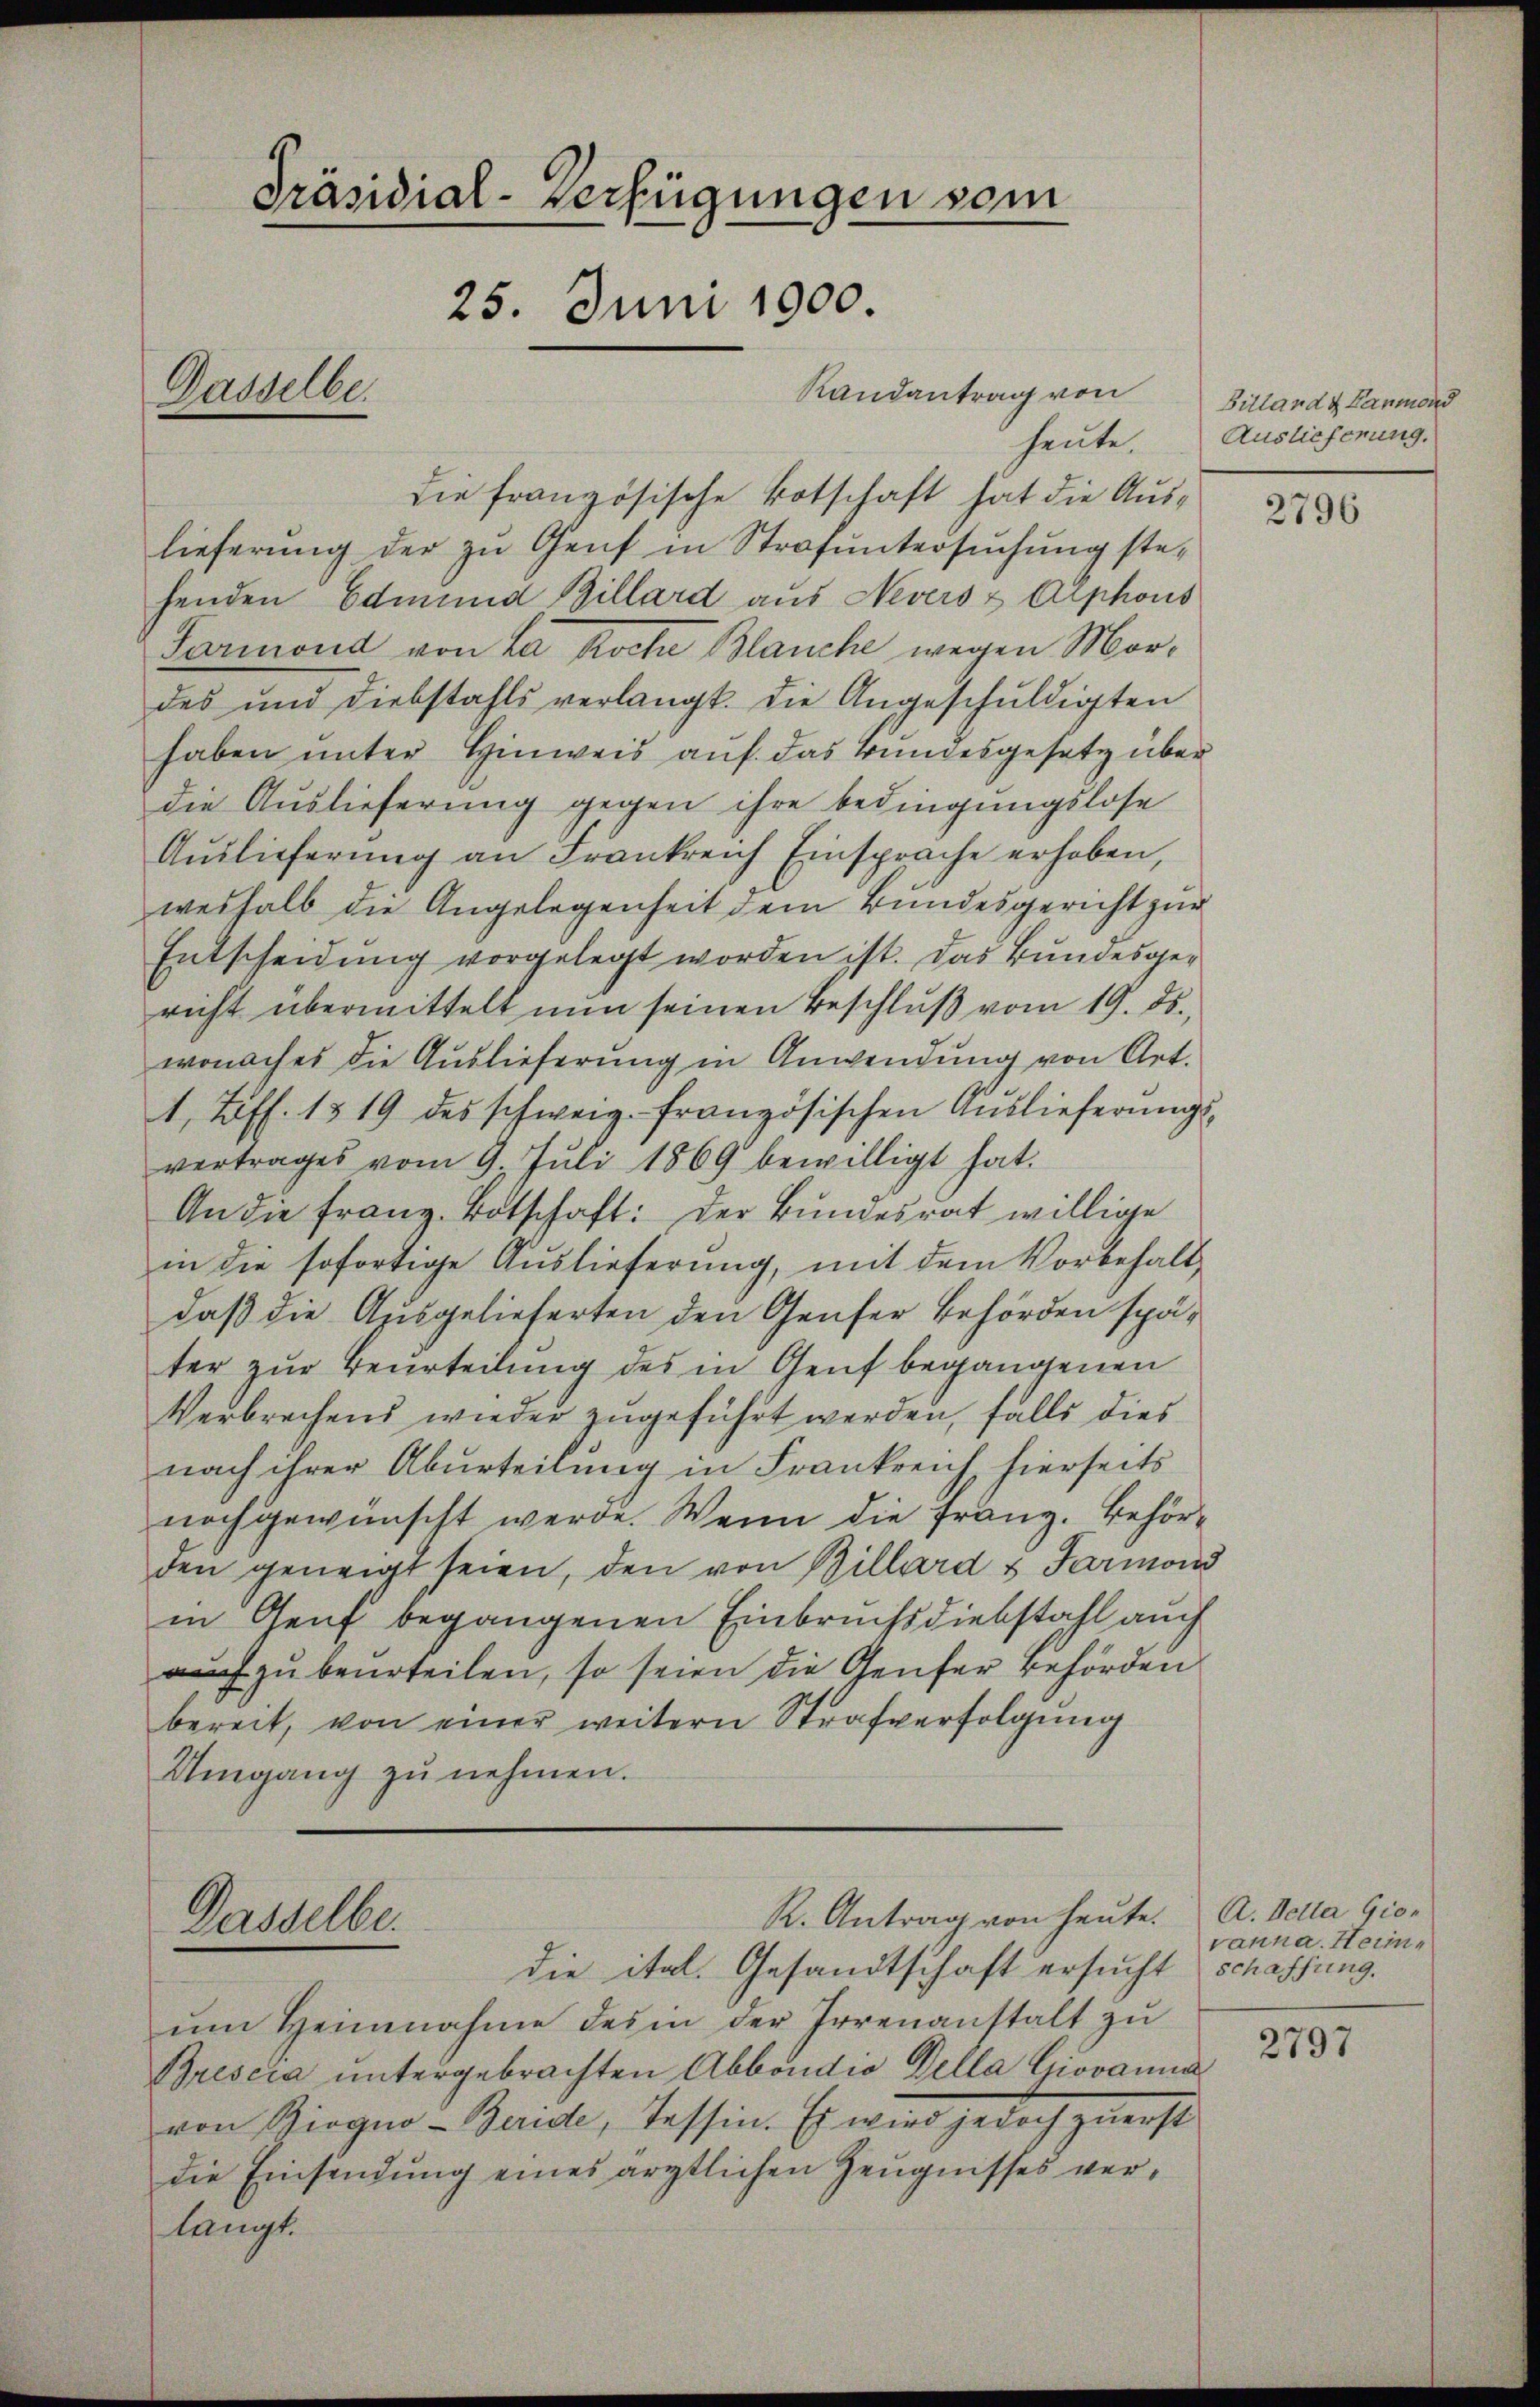
Präsidial-Verfügungen vom
25. Juni 1900
Randantrag von
Dasselbe.

die französische Botschaft hat die Auslieferung der zu Genf in Strafuntersuchung stehenden Edmund Billard aus Nevers & Arphons
Sarmond von La Roche Blanche wegen Mordes und diebstahls verlangt. Die Angeschuldigten
haben unter Hinweis auf das Bundesgesetz über
die Auslieferung gegen ihre bedingungslose
Auslieferung an Frankreich Einsprache erhoben,
weshalb die Angelegenheit dem Bundesgericht zur
Entscheidung vorgelegt worden ist. Das Bundesgericht übermittelt nun seinen Beschluß vom 19. ds.
wonaches die Auslieferung in Anwendung von Art.
1 Löff. 1319 des schweiz. französischen Auslieferŭngs-
vertrages vom 9. Jŭli 1869 bewilligt hat.
An die Franz. Botschaft: Der Bundesrat willige
in die sofortige Auslieferung, mit dem Vorbehalt
daß die Ausgelieferten den Genfer Behörden später zur Beurteilung des in Genf begangenen
Verbrechend wieder zugeführt werden, falls dies
nach ihrer Aburteilung in Frankreich hierseits
noch gewünscht werde. Wenn die Franz. Behörden geneigt seien, den von Billard & Farmoni
in Genf begangenen Einbruchsdiebstahl auch
auch zu beurteilen, so seien die Genfer Behörden
bereit, von einer weitern Strafverfolgung
Umgang zŭ nehmen.

Dasselbe.
die ital. Gesandtschaft ersucht schaffung.

ŭm Heinnahme des in der Irrenanstalt zŭ
Brescia untergebrachten Abbondio della Giovanna
von Girgno- Baute, Tessin. Es wird jedoch zuerst
die Einsendung eines ärztlichen Zeugnisses verlangt.

R. Antrag von heute. A. Vette Gio¬

Bitland & Harmond
heute Auslieferung.

2796

vanna. Heim¬

2797